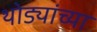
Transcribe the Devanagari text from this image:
थोड्यांच्या